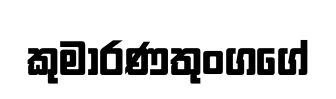
කුමාරණතුංගගේ